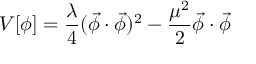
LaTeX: V [ \phi ] = \frac { \lambda } { 4 } ( \vec { \phi } \cdot \vec { \phi } ) ^ { 2 } - \frac { \mu ^ { 2 } } { 2 } \vec { \phi } \cdot \vec { \phi } \,